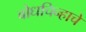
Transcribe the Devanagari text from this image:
बोधचिन्हाचे